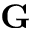
\mathbf { G }